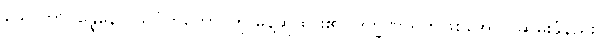
သောတာပန္နေနေဝ သင်္ဂဟိတော-ဟု မိန့်ဆိုထား၏။ ဒက္ခိဏာရဟဖြစ်အောင် ဆွမ်းခံနည်း၊